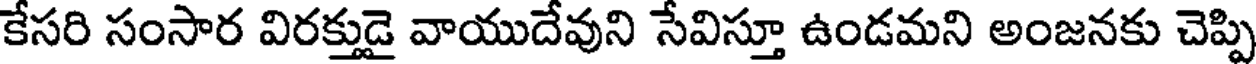
కేసరి సంసార విరక్తుడై వాయుదేవుని సేవిస్తూ ఉండమని అంజనకు చెప్పి